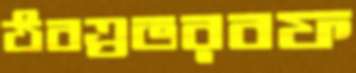
ঠবত্রভরবফ